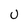
Character: U